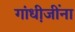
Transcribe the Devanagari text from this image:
गांधी़जींना